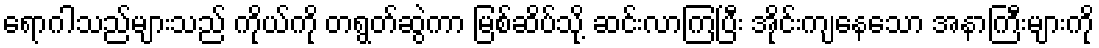
ရောဂါသည်များသည် ကိုယ်ကို တရွတ်ဆွဲကာ မြစ်ဆိပ်သို့ ဆင်းလာကြပြီး အိုင်းကျနေသော အနာကြီးများကို